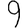
Digit: 9